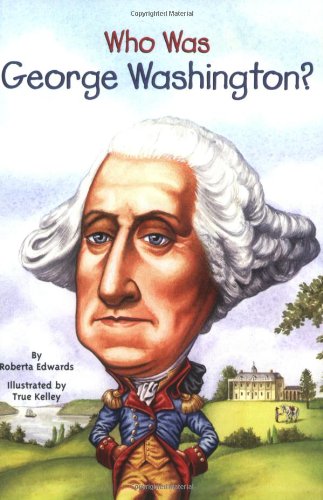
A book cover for Who Was George Washington?; Roberta Edwards; Children's Books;